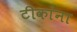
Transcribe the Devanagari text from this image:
टीकांना